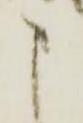
申